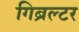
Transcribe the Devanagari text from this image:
गिब्रल्टर